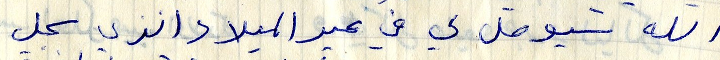
الله سيوصل لي في عيد الميلاد الذي سجل